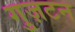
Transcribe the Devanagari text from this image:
गुज़टन